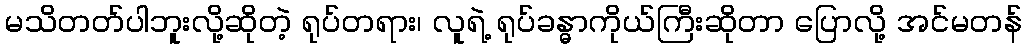
မသိတတ်ပါဘူးလို့ဆိုတဲ့ ရုပ်တရား၊ လူရဲ့ ရုပ်ခန္ဓာကိုယ်ကြီးဆိုတာ ပြောလို့ အင်မတန်